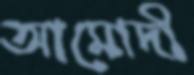
আমোদী